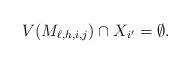
LaTeX: \begin{align*}V(M_{\ell,h,i,j})\cap X_{i'}=\emptyset.\end{align*}